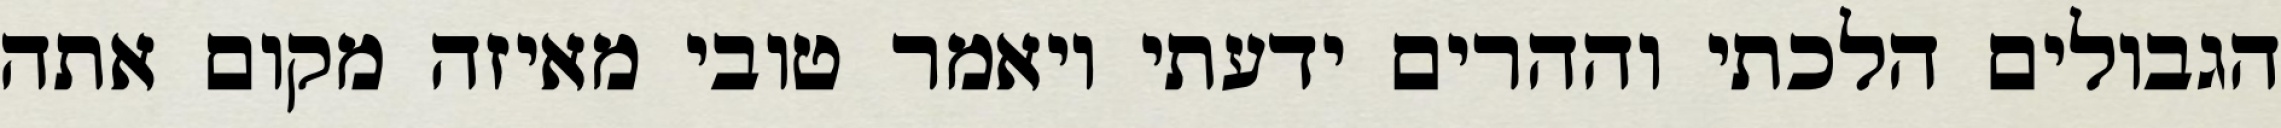
הגבולים הלכתי וההרים ידעתי ויאמר טובי מאיזה מקום אתה